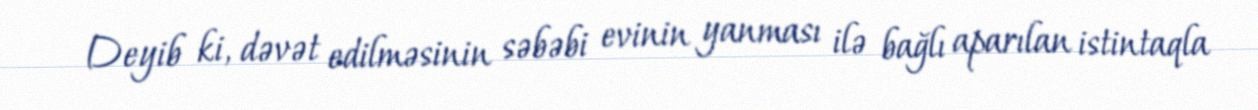
Deyib ki, dəvət edilməsinin səbəbi evinin yanması ilə bağlı aparılan istintaqla